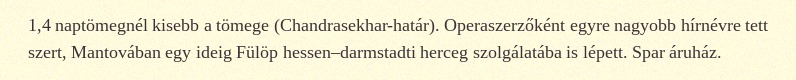
1,4 naptömegnél kisebb a tömege (Chandrasekhar-határ). Operaszerzőként egyre nagyobb hírnévre tett szert, Mantovában egy ideig Fülöp hessen–darmstadti herceg szolgálatába is lépett. Spar áruház.